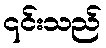
၎င်းသည်